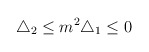
\begin{align*}\bigtriangleup _2\leq m^2\bigtriangleup _1\leq 0\end{align*}